Rangoon Lunatic Asylum 1878-1892 - 1878-1892
Year: 1878
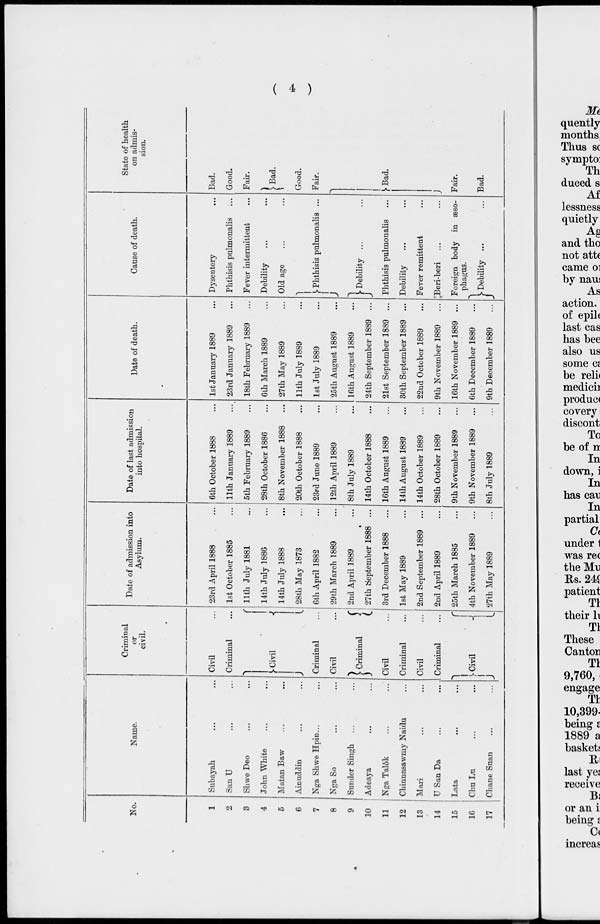
( 4 )
No.
1
2
3
4
5
6
7
8
9
10
11
12
13
14
15
16
17
Name.
Subayah ... ...
San U ... ...
Shwe Deo ... ...
John White ... ...
Matan Baw ... ...
Ainuddin ... ...
Nga Shwe Hpin... ...
Nga So ... ...
Sunder Singh ... ...
Adeaya ... ...
Nga Talôk ... ...
Chinnasawmy Naidu ...
Mari ... ...
U San Da ... ...
Lata ... ...
Chu Lu... ...
Chane Suan ... ...
Criminal
or
civil.
Civil ...
Criminal ...
Civil ...
Criminal ...
Civil ...
Criminal
...
Civil ...
Criminal ...
Civil ...
Criminal ...
Civil
Date of admission into
Asylum.
23rd April 1888 ...
1st October 1885 ...
11th July 1881...
14th July 1886 ...
14th July 1888 ...
28th May 1873 ...
6th April 1882 ...
29th March 1889 ...
2nd April 1889 ...
27th September 1888 ...
3rd December 1888 ...
1st May 1889 ...
2nd September 1889 ...
2nd April 1889 ...
25th March 1885 ...
4th November 1889 ...
27th May 1889 ...
Date of last admission
into hospital.
6th October 1888 ...
11th January 1889 ...
5th February 1889 ...
28th October 1886 ...
8th November 1888 ...
20th October 1888 ...
23rd June 1889 ...
12th April 1889 ...
8th July 1889 ...
14th October 1888 ...
16th August 1889 ...
14th August 1889 ...
14th October 1889 ...
28th October 1889
9th November 1889 ...
9th November 1889 ...
8th July 1889 ...
Date of death.
1st January 1889 ...
23rd January 1889 ...
18th February 1889 ...
6th March 1889 ...
27th May 1889 ...
11th July 1889 ...
1st July 1889 ...
25th August 1889 ...
16th August 1889 ...
24th September 1889 ...
21st September 1889 ...
30th September 1889 ...
22nd October 1889
9th November 1889
16th November 1889 ...
6th December 1889
...
9th December 1889
...
Cause of death.
Dysentery ...
Phthisis pulmonalis ...
Fever intermittent ...
Debility ... ...
Old age ... ...
Phthisis pulmonalis ...
Debility
... ...
Phthisis pulmonalis ...
Debility ... ...
Fever remittent ...
Beri-beri ... ...
Foreign body in æso-
phagus.
Debility ... ...
State of health
on admis-
sion.
Bad.
Good.
Fair.
Bad.
Good.
Fair.
Bad.
Fair.
Bad.